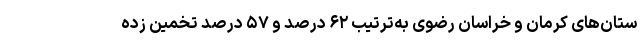
ستان‌های کرمان و خراسان رضوی به‌ترتیب ۶۲ درصد و ۵۷ درصد تخمین زده